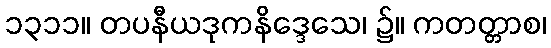
၁၃၁၁။ တပနီယဒုကနိဒ္ဒေသေ၊ ၌။ ကတတ္တာစ၊